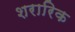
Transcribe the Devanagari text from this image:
शरारिक